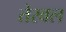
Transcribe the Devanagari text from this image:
तेरवल